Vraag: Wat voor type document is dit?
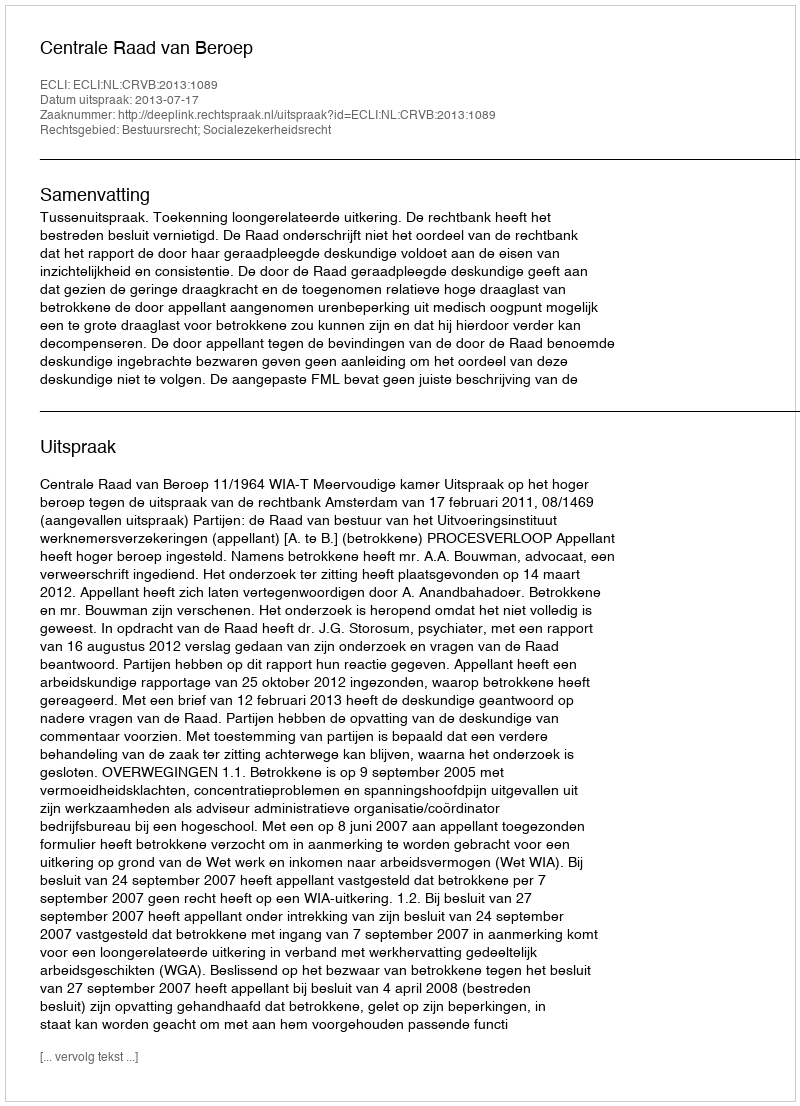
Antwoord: Uitspraak